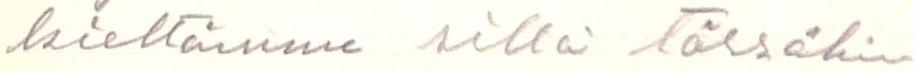
kieltämme sillä tässäkin